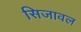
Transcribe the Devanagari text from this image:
सिजावल